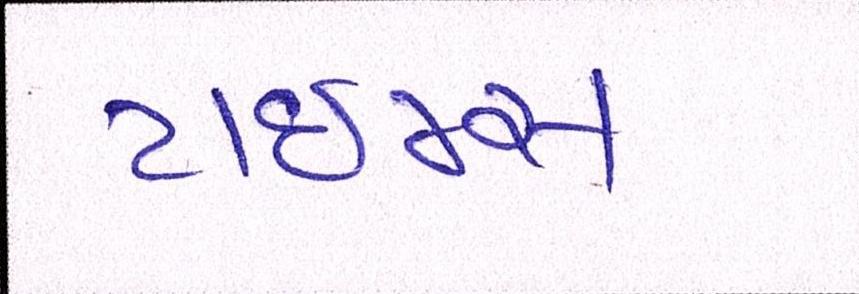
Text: ટાઈમ્સ